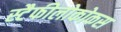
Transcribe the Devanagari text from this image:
स्टैफीलोकोकस